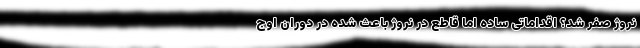
نروژ صفر شد؟ اقداماتی ساده اما قاطع در نروژ باعث شده در دوران اوج